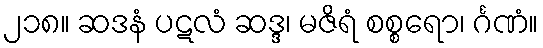
၂၁၈။ ဆဒနံ ပဋလံ ဆဒ္ဒ၊ မဇိရံ စစ္စရော၊ င်္ဂဏံ။